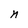
Character: n